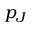
p _ { J }